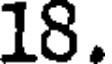
18.